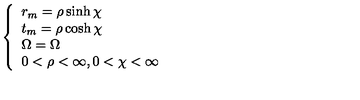
\left\{ \begin{array} { l l l } { r _ { m } = \rho \sinh \chi } & { } \\ { t _ { m } = \rho \cosh \chi } & { } \\ { \Omega = \Omega } & { } \\ { 0 < \rho < \infty , 0 < \chi < \infty } \\ \end{array} \right.